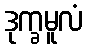
ဒုက္ခမူလံ